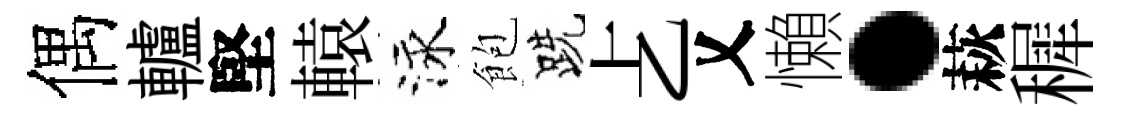
偶轤堅轅泳飽跣𠧒乂懶·萩穉